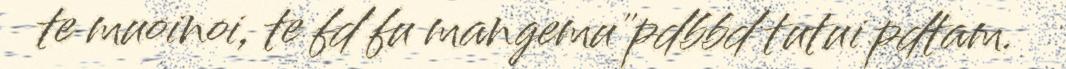
te muoinoi, te fd fu mangemu"pdbbd tutui pdtam.